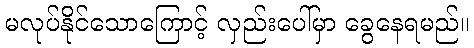
မလုပ်နိုင်သောကြောင့် လှည်းပေါ်မှာ ခွေနေရမည်။